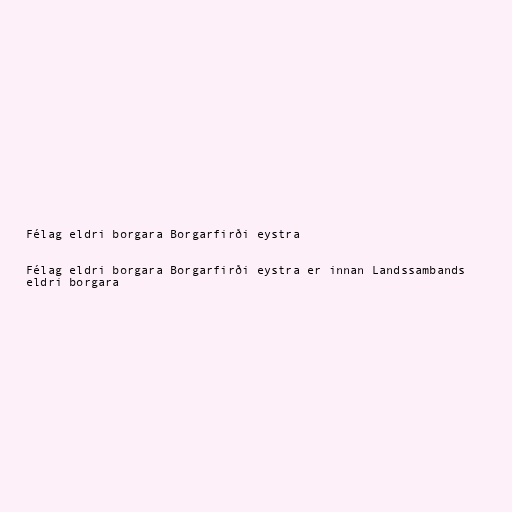
Félag eldri borgara Borgarfirði eystra

Félag eldri borgara Borgarfirði eystra er innan Landssambands
eldri borgara